Indian journal of veterinary science and animal husbandry - Volume 8,
Year: 1938
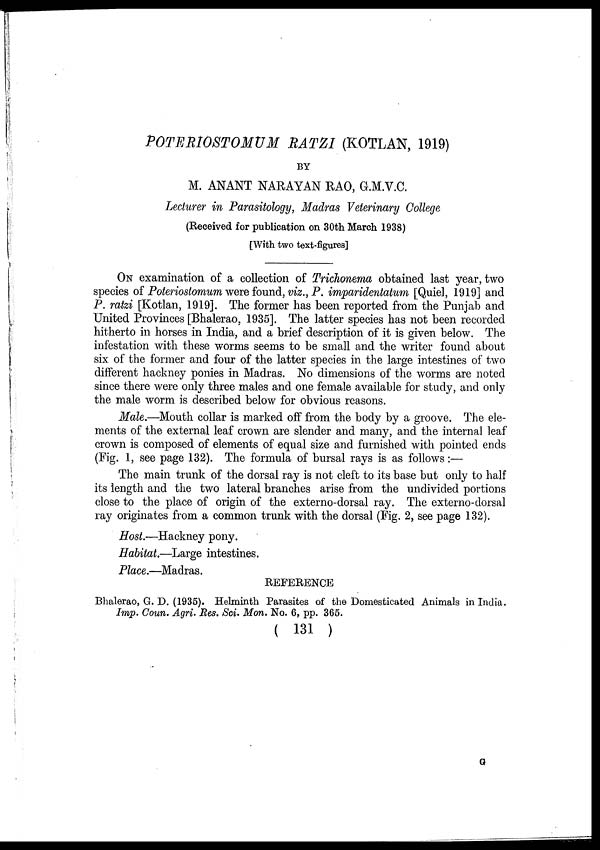
POTERIOSTOMUM RATZI (KOTLAN, 1919)
BY
M. ANANT NARAYAN RAO, G.M.V.C.
Lecturer in Parasitology, Madras Veterinary College
(Received for publication on 30th March 1938)
[With two text-figures]
ON examination of a collection of Trichonema obtained last year, two
species of Poteriostomum were found, viz., P. imparidentatum [Quiel, 1919] and
P. ratzi [Kotlan, 1919]. The former has been reported from the Punjab and
United Provinces [Bhalerao, 1935]. The latter species has not been recorded
hitherto in horses in India, and a brief description of it is given below. The
infestation with these worms seems to be small and the writer found about
six of the former and four of the latter species in the large intestines of two
different hackney ponies in Madras. No dimensions of the worms are noted
since there were only three males and one female available for study, and only
the male worm is described below for obvious reasons.
Male.—Mouth collar is marked off from the body by a groove. The ele-
ments of the external leaf crown are slender and many, and the internal leaf
crown is composed of elements of equal size and furnished with pointed ends
(Fig. 1, see page 132). The formula of bursal rays is as follows:—
The main trunk of the dorsal ray is not cleft to its base but only to half
its length and the two lateral branches arise from the undivided portions
close to the place of origin of the externo-dorsal ray. The externo-dorsal
ray originates from a common trunk with the dorsal (Fig. 2, see page 132).
Host.—Hackney pony.
Habitat.—Large intestines.
Place.—Madras.
REFERENCE
Bhalerao, G. D. (1935). Helminth Parasites of the Domesticated Animals in India.
Imp. Coun. Agri. Res. Sci. Mon. No. 6, pp. 365.
( 131 )
G